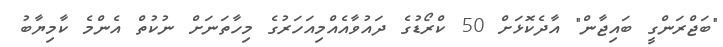
"ބަޖްރަންގީ ބައިޖާން" އާދެކޮޅަށް 50 ކްރޯޑުގެ ދައުވާއެއްމިއަހަރުގެ މިހާތަނަށް ނުކުތް އެންމެ ކާމިޔާބު